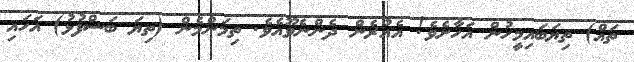
ތައް) ތިޔަބައިމީހުން އަހާށެވެ! އެއުރެން ދެންނެވޫއެވެ. ތިމަންމެން (ތިޔަ ބަސްފުޅު) އަހައި